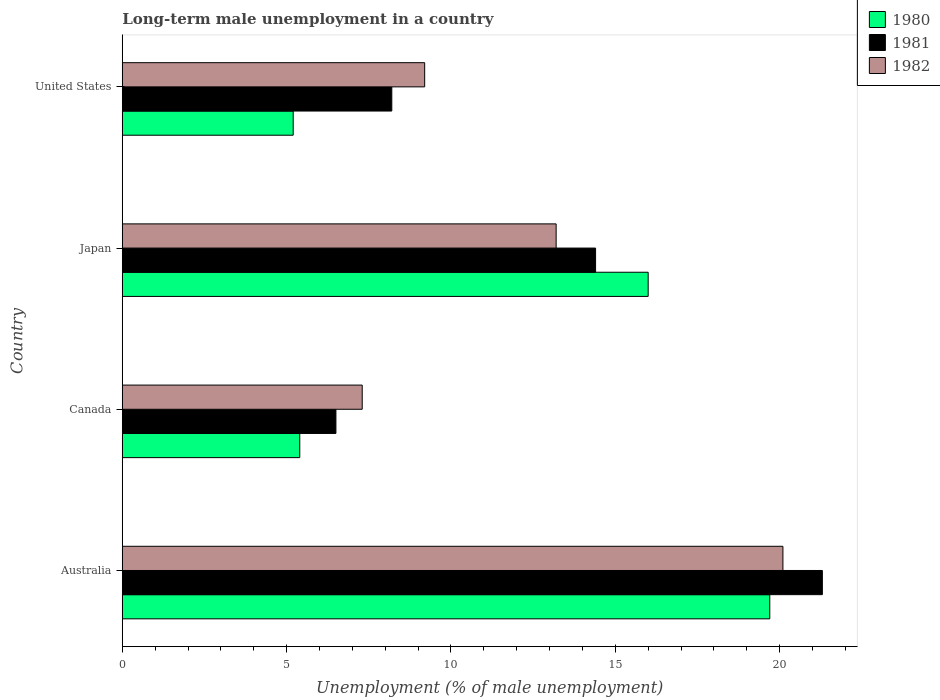
| Country | 1980 | 1981 | 1982 |
 | --- | --- | --- | --- |
 | Australia | 19.7 | 21.3 | 20.1 |
 | Canada | 5.4 | 6.5 | 7.3 |
 | Japan | 16 | 14.4 | 13.2 |
 | United States | 5.2 | 8.2 | 9.2 |